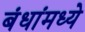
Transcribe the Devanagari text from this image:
बंधांमध्ये